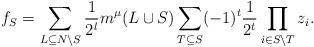
LaTeX: \begin{align*}f_S = \sum_{L\subseteq N\setminus S}\frac{1}{2^l}m^\mu(L\cup S)\sum_{T\subseteq S}(-1)^t\frac{1}{2^t}\prod_{i\in S\setminus T}z_i.\end{align*}